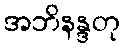
အဘိနန္ဒတု